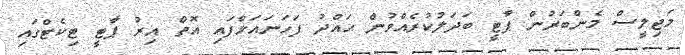
މަޖިލީސް މެންބަރުން ޕާޓީ ބަދަލުކުރެއްވުން ޙައްދު ފަހަނައަޅާފައި އޮތް އިރު ޕާޓީ ޓިކެޓްގައި